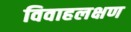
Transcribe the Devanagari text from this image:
विवाहलक्षण